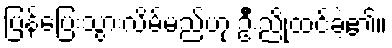
ပြန်ပြေးသွားလိမ့်မည်ဟု ဦးညိုထင်ခဲ့၏။